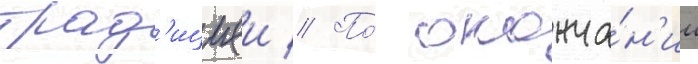
трад'ициеи // По́ оконча́н'ии